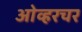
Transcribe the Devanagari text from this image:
ओव्हरचर